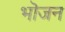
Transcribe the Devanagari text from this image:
भॊजन